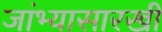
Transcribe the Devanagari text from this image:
जांभ्यासारखी